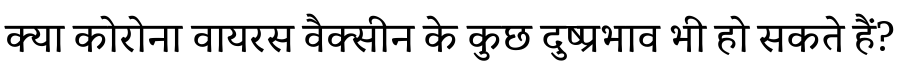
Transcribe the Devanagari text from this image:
क्या कोरोना वायरस वैक्सीन के कुछ दुष्प्रभाव भी हो सकते हैं?